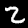
Label: 2